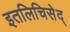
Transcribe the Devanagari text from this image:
इतलिचिसेद्